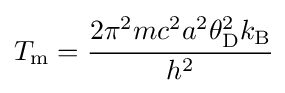
T_{\rm {m}}={\cfrac {2\pi ^{2}mc^{2}a^{2}\theta _{\rm {D}}^{2}k_{\rm {B}}}{h^{2}}}